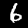
Digit: 6